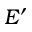
E ^ { \prime }